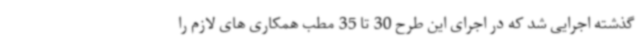
گذشته اجرایی شد که در اجرای این طرح 30 تا 35 مطب همکاری های لازم را